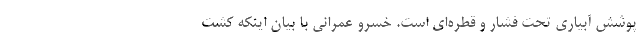
پوشش آبیاری تحت فشار و قطره‌ای است. خسرو عمرانی با بیان اینکه کشت